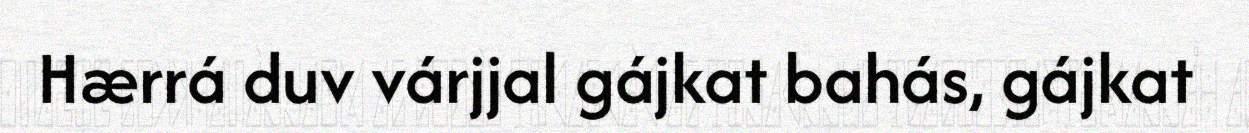
Hærrá duv várjjal gájkat bahás, gájkat